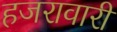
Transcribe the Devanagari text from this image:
हजरावारी